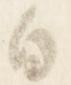
白